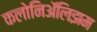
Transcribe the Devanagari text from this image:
कलोनिॲलिझम